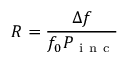
R = \frac { \Delta f } { f _ { 0 } P _ { \mathrm { ~ i ~ n ~ c ~ } } }